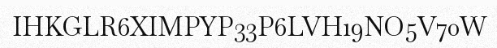
IHKGLR6XIMPYP33P6LVH19NO5V70W